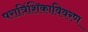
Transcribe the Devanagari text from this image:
परात्रिंशिकाविवरण